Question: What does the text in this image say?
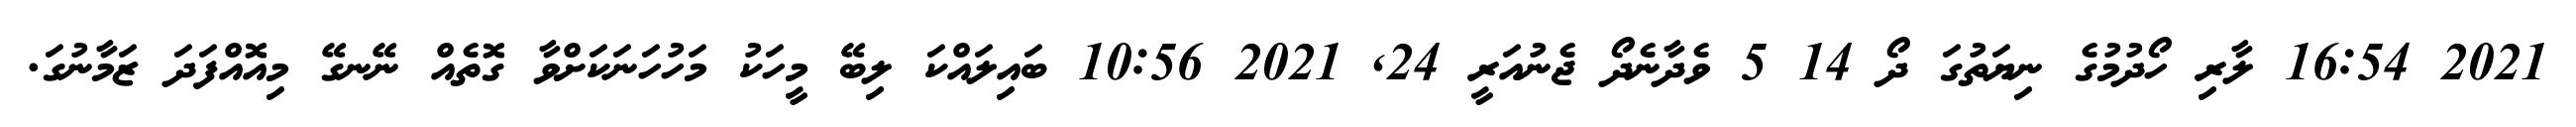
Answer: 2021 16:54 ލާރި ހޯދުމުގެ ނިޔަތުގަ ދޯ 14 5 ވެދާނެދޯ ޖެނުއަރީ 24, 2021 10:56 ބައިލައްކަ ލިބޭ މީހަކު މަހުހަނަކަށްވާ ގޮތެއް ނޭނގޭ މިއޮއްފަދަ ޒަމާނުގަ.